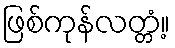
ဖြစ်ကုန်လတ္တံ့။